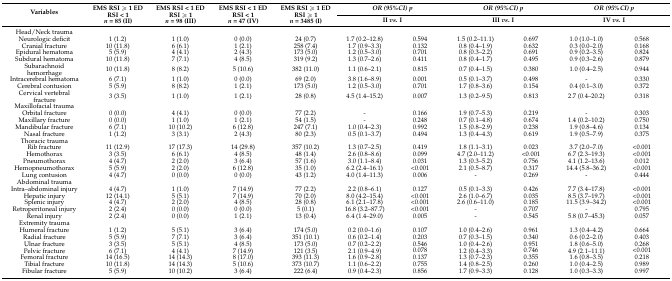
<table><thead><tr><td rowspan="2"><b>Variables</b></td><td rowspan="2"><b>EMS RSI ≥ 1 ED RSI &lt; 1 <i>n</i> = 85 (II)</b></td><td rowspan="2"><b>EMS RSI &lt; 1 ED RSI ≥ 1 <i>n</i> = 98 (III)</b></td><td rowspan="2"><b>EMS RSI &lt; 1 ED RSI &lt; 1 <i>n</i> = 47 (IV)</b></td><td rowspan="2"><b>EMS RSI ≥ 1 ED RSI ≥ 1 <i>n</i> = 3485 (I)</b></td><td colspan="2"><b><i>OR (95%CI) p</i></b></td><td colspan="2"><b><i>OR (95%CI) p</i></b></td><td colspan="2"><b><i>OR (95%CI) p</i></b></td></tr><tr><td colspan="2"><b>II <i>vs</i>. I</b></td><td colspan="2"><b>III <i>vs</i>. I</b></td><td colspan="2"><b>IV <i>vs</i>. I</b></td></tr></thead><tbody><tr><td>Head/Neck trauma</td><td></td><td></td><td></td><td></td><td></td><td></td><td></td><td></td><td></td><td></td></tr><tr><td>Neurologic deficit</td><td>1 (1.2)</td><td>1 (1.0)</td><td>0 (0.0)</td><td>24 (0.7)</td><td>1.7 (0.2–12.8)</td><td>0.594</td><td>1.5 (0.2–11.1)</td><td>0.697</td><td>1.0 (1.0–1.0)</td><td>0.568</td></tr><tr><td>Cranial fracture</td><td>10 (11.8)</td><td>6 (6.1)</td><td>1 (2.1)</td><td>258 (7.4)</td><td>1.7 (0.9–3.3)</td><td>0.132</td><td>0.8 (0.4–1.9)</td><td>0.632</td><td>0.3 (0.0–2.0)</td><td>0.168</td></tr><tr><td>Epidural hematoma</td><td>5 (5.9)</td><td>4 (4.1)</td><td>2 (4.3)</td><td>173 (5.0)</td><td>1.2 (0.5–3.0)</td><td>0.701</td><td>0.8 (0.3–2.2)</td><td>0.691</td><td>0.9 (0.2–3.5)</td><td>0.824</td></tr><tr><td>Subdural hematoma</td><td>10 (11.8)</td><td>7 (7.1)</td><td>4 (8.5)</td><td>319 (9.2)</td><td>1.3 (0.7–2.6)</td><td>0.411</td><td>0.8 (0.4–1.7)</td><td>0.495</td><td>0.9 (0.3–2.6)</td><td>0.879</td></tr><tr><td>Subarachnoid hemorrhage</td><td>10 (11.8)</td><td>8 (8.2)</td><td>5 (10.6)</td><td>382 (11.0)</td><td>1.1 (0.6–2.1)</td><td>0.815</td><td>0.7 (0.4–1.5)</td><td>0.380</td><td>1.0 (0.4–2.5)</td><td>0.944</td></tr><tr><td>Intracerebral hematoma</td><td>6 (7.1)</td><td>1 (1.0)</td><td>0 (0.0)</td><td>69 (2.0)</td><td>3.8 (1.6–8.9)</td><td>0.001</td><td>0.5 (0.1–3.7)</td><td>0.498</td><td>-</td><td>0.330</td></tr><tr><td>Cerebral contusion</td><td>5 (5.9)</td><td>8 (8.2)</td><td>1 (2.1)</td><td>173 (5.0)</td><td>1.2 (0.5–3.0)</td><td>0.701</td><td>1.7 (0.8–3.6)</td><td>0.154</td><td>0.4 (0.1–3.0)</td><td>0.372</td></tr><tr><td>Cervical vertebral fracture</td><td>3 (3.5)</td><td>1 (1.0)</td><td>1 (2.1)</td><td>28 (0.8)</td><td>4.5 (1.4–15.2)</td><td>0.007</td><td>1.3 (0.2–9.5)</td><td>0.813</td><td>2.7 (0.4–20.2)</td><td>0.318</td></tr><tr><td>Maxillofacial trauma</td><td></td><td></td><td></td><td></td><td></td><td></td><td></td><td></td><td></td><td></td></tr><tr><td>Orbital fracture</td><td>0 (0.0)</td><td>4 (4.1)</td><td>0 (0.0)</td><td>77 (2.2)</td><td>-</td><td>0.166</td><td>1.9 (0.7–5.3)</td><td>0.219</td><td>-</td><td>0.303</td></tr><tr><td>Maxillary fracture</td><td>0 (0.0)</td><td>1 (1.0)</td><td>1 (2.1)</td><td>54 (1.5)</td><td>-</td><td>0.248</td><td>0.7 (0.1–4.8)</td><td>0.674</td><td>1.4 (0.2–10.2)</td><td>0.750</td></tr><tr><td>Mandibular fracture</td><td>6 (7.1)</td><td>10 (10.2)</td><td>6 (12.8)</td><td>247 (7.1)</td><td>1.0 (0.4–2.3)</td><td>0.992</td><td>1.5 (0.8–2.9)</td><td>0.238</td><td>1.9 (0.8–4.6)</td><td>0.134</td></tr><tr><td>Nasal fracture</td><td>1 (1.2)</td><td>3 (3.1)</td><td>2 (4.3)</td><td>80 (2.3)</td><td>0.5 (0.1–3.7)</td><td>0.494</td><td>1.3 (0.4–4.3)</td><td>0.619</td><td>1.9 (0.5–7.9)</td><td>0.375</td></tr><tr><td>Thoracic trauma</td><td></td><td></td><td></td><td></td><td></td><td></td><td></td><td></td><td></td><td></td></tr><tr><td>Rib fracture</td><td>11 (12.9)</td><td>17 (17.3)</td><td>14 (29.8)</td><td>357 (10.2)</td><td>1.3 (0.7–2.5)</td><td>0.419</td><td>1.8 (1.1–3.1)</td><td>0.023</td><td>3.7 (2.0–7.0)</td><td>&lt;0.001</td></tr><tr><td>Hemothorax</td><td>3 (3.5)</td><td>6 (6.1)</td><td>4 (8.5)</td><td>48 (1.4)</td><td>2.6 (0.8–8.6)</td><td>0.099</td><td>4.7 (2.0–11.2)</td><td>&lt;0.001</td><td>6.7 (2.3–19.3)</td><td>&lt;0.001</td></tr><tr><td>Pneumothorax</td><td>4 (4.7)</td><td>2 (2.0)</td><td>3 (6.4)</td><td>57 (1.6)</td><td>3.0 (1.1–8.4)</td><td>0.031</td><td>1.3 (0.3–5.2)</td><td>0.756</td><td>4.1 (1.2–13.6)</td><td>0.012</td></tr><tr><td>Hemopneumothorax</td><td>5 (5.9)</td><td>2 (2.0)</td><td>6 (12.8)</td><td>35 (1.0)</td><td>6.2 (2.4–16.1)</td><td>&lt;0.001</td><td>2.1 (0.5–8.7)</td><td>0.317</td><td>14.4 (5.8–36.2)</td><td>&lt;0.001</td></tr><tr><td>Lung contusion</td><td>4 (4.7)</td><td>0 (0.0)</td><td>0 (0.0)</td><td>43 (1.2)</td><td>4.0 (1.4–11.3)</td><td>0.006</td><td>-</td><td>0.269</td><td>-</td><td>0.444</td></tr><tr><td>Abdominal trauma</td><td></td><td></td><td></td><td></td><td></td><td></td><td></td><td></td><td></td><td></td></tr><tr><td>Intra–abdominal injury</td><td>4 (4.7)</td><td>1 (1.0)</td><td>7 (14.9)</td><td>77 (2.2)</td><td>2.2 (0.8–6.1)</td><td>0.127</td><td>0.5 (0.1–3.3)</td><td>0.426</td><td>7.7 (3.4–17.8)</td><td>&lt;0.001</td></tr><tr><td>Hepatic injury</td><td>12 (14.1)</td><td>5 (5.1)</td><td>7 (14.9)</td><td>70 (2.0)</td><td>8.0 (4.2–15.4)</td><td>&lt;0.001</td><td>2.6 (1.0–6.7)</td><td>0.035</td><td>8.5 (3.7–19.7)</td><td>&lt;0.001</td></tr><tr><td>Splenic injury</td><td>4 (4.7)</td><td>2 (2.0)</td><td>4 (8.5)</td><td>28 (0.8)</td><td>6.1 (2.1–17.8)</td><td>&lt;0.001</td><td>2.6 (0.6–11.0)</td><td>0.185</td><td>11.5 (3.9–34.2)</td><td>&lt;0.001</td></tr><tr><td>Retroperitoneal injury</td><td>2 (2.4)</td><td>0 (0.0)</td><td>0 (0.0)</td><td>5 (0.1)</td><td>16.8 (3.2–87.7)</td><td>&lt;0.001</td><td>-</td><td>0.707</td><td>-</td><td>0.795</td></tr><tr><td>Renal injury</td><td>2 (2.4)</td><td>0 (0.0)</td><td>1 (2.1)</td><td>13 (0.4)</td><td>6.4 (1.4–29.0)</td><td>0.005</td><td>-</td><td>0.545</td><td>5.8 (0.7–45.3)</td><td>0.057</td></tr><tr><td>Extremity trauma</td><td></td><td></td><td></td><td></td><td></td><td></td><td></td><td></td><td></td><td></td></tr><tr><td>Humeral fracture</td><td>1 (1.2)</td><td>5 (5.1)</td><td>3 (6.4)</td><td>174 (5.0)</td><td>0.2 (0.0–1.6)</td><td>0.107</td><td>1.0 (0.4–2.6)</td><td>0.961</td><td>1.3 (0.4–4.2)</td><td>0.664</td></tr><tr><td>Radial fracture</td><td>5 (5.9)</td><td>7 (7.1)</td><td>3 (6.4)</td><td>351 (10.1)</td><td>0.6 (0.2–1.4)</td><td>0.203</td><td>0.7 (0.3–1.5)</td><td>0.340</td><td>0.6 (0.2–2.0)</td><td>0.403</td></tr><tr><td>Ulnar fracture</td><td>3 (3.5)</td><td>5 (5.1)</td><td>4 (8.5)</td><td>173 (5.0)</td><td>0.7 (0.2–2.2)</td><td>0.546</td><td>1.0 (0.4–2.6)</td><td>0.951</td><td>1.8 (0.6–5.0)</td><td>0.268</td></tr><tr><td>Pelvic fracture</td><td>6 (7.1)</td><td>4 (4.1)</td><td>7 (14.9)</td><td>121 (3.5)</td><td>2.1 (0.9–4.9)</td><td>0.078</td><td>1.2 (0.4–3.3)</td><td>0.746</td><td>4.9 (2.1–11.1)</td><td>&lt;0.001</td></tr><tr><td>Femoral fracture</td><td>14 (16.5)</td><td>14 (14.3)</td><td>8 (17.0)</td><td>393 (11.3)</td><td>1.6 (0.9–2.8)</td><td>0.137</td><td>1.3 (0.7–2.3)</td><td>0.355</td><td>1.6 (0.8–3.5)</td><td>0.218</td></tr><tr><td>Tibial fracture</td><td>10 (11.8)</td><td>14 (14.3)</td><td>5 (10.6)</td><td>373 (10.7)</td><td>1.1 (0.6–2.2)</td><td>0.755</td><td>1.4 (0.8–2.5)</td><td>0.260</td><td>1.0 (0.4–2.5)</td><td>0.989</td></tr><tr><td>Fibular fracture</td><td>5 (5.9)</td><td>10 (10.2)</td><td>3 (6.4)</td><td>222 (6.4)</td><td>0.9 (0.4–2.3)</td><td>0.856</td><td>1.7 (0.9–3.3)</td><td>0.128</td><td>1.0 (0.3–3.3)</td><td>0.997</td></tr></tbody></table>